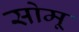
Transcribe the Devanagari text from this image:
सोमू